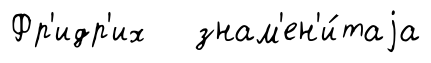
Фр'идр'их знам'ен'и́таjа